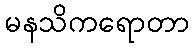
မနသိကရောတာ